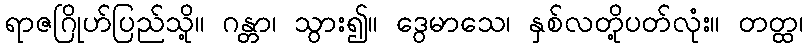
ရာဇဂြိုဟ်ပြည်သို့။ ဂန္တာ၊ သွား၍။ ဒွေမာသေ၊ နှစ်လတို့ပတ်လုံး။ တတ္ထ၊